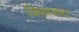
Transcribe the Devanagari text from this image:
विसरणारा